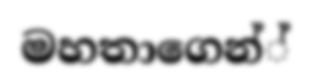
මහතාගෙන්්